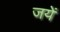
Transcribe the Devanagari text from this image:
जयें